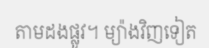
តាមដងផ្លូវ។ ម្យ៉ាងវិញទៀត